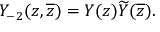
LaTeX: Y _ { - 2 } ( z , \overline { { { z } } } ) = Y ( z ) \widetilde { Y } ( \overline { { { z } } } ) .